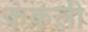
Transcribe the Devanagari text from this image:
कंकली